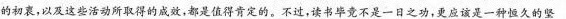
的初衷，以及这些活动所取得的成效，都是值得肯定的。不过。读书毕竟不是一日之功，更应该是一种恒久的坚